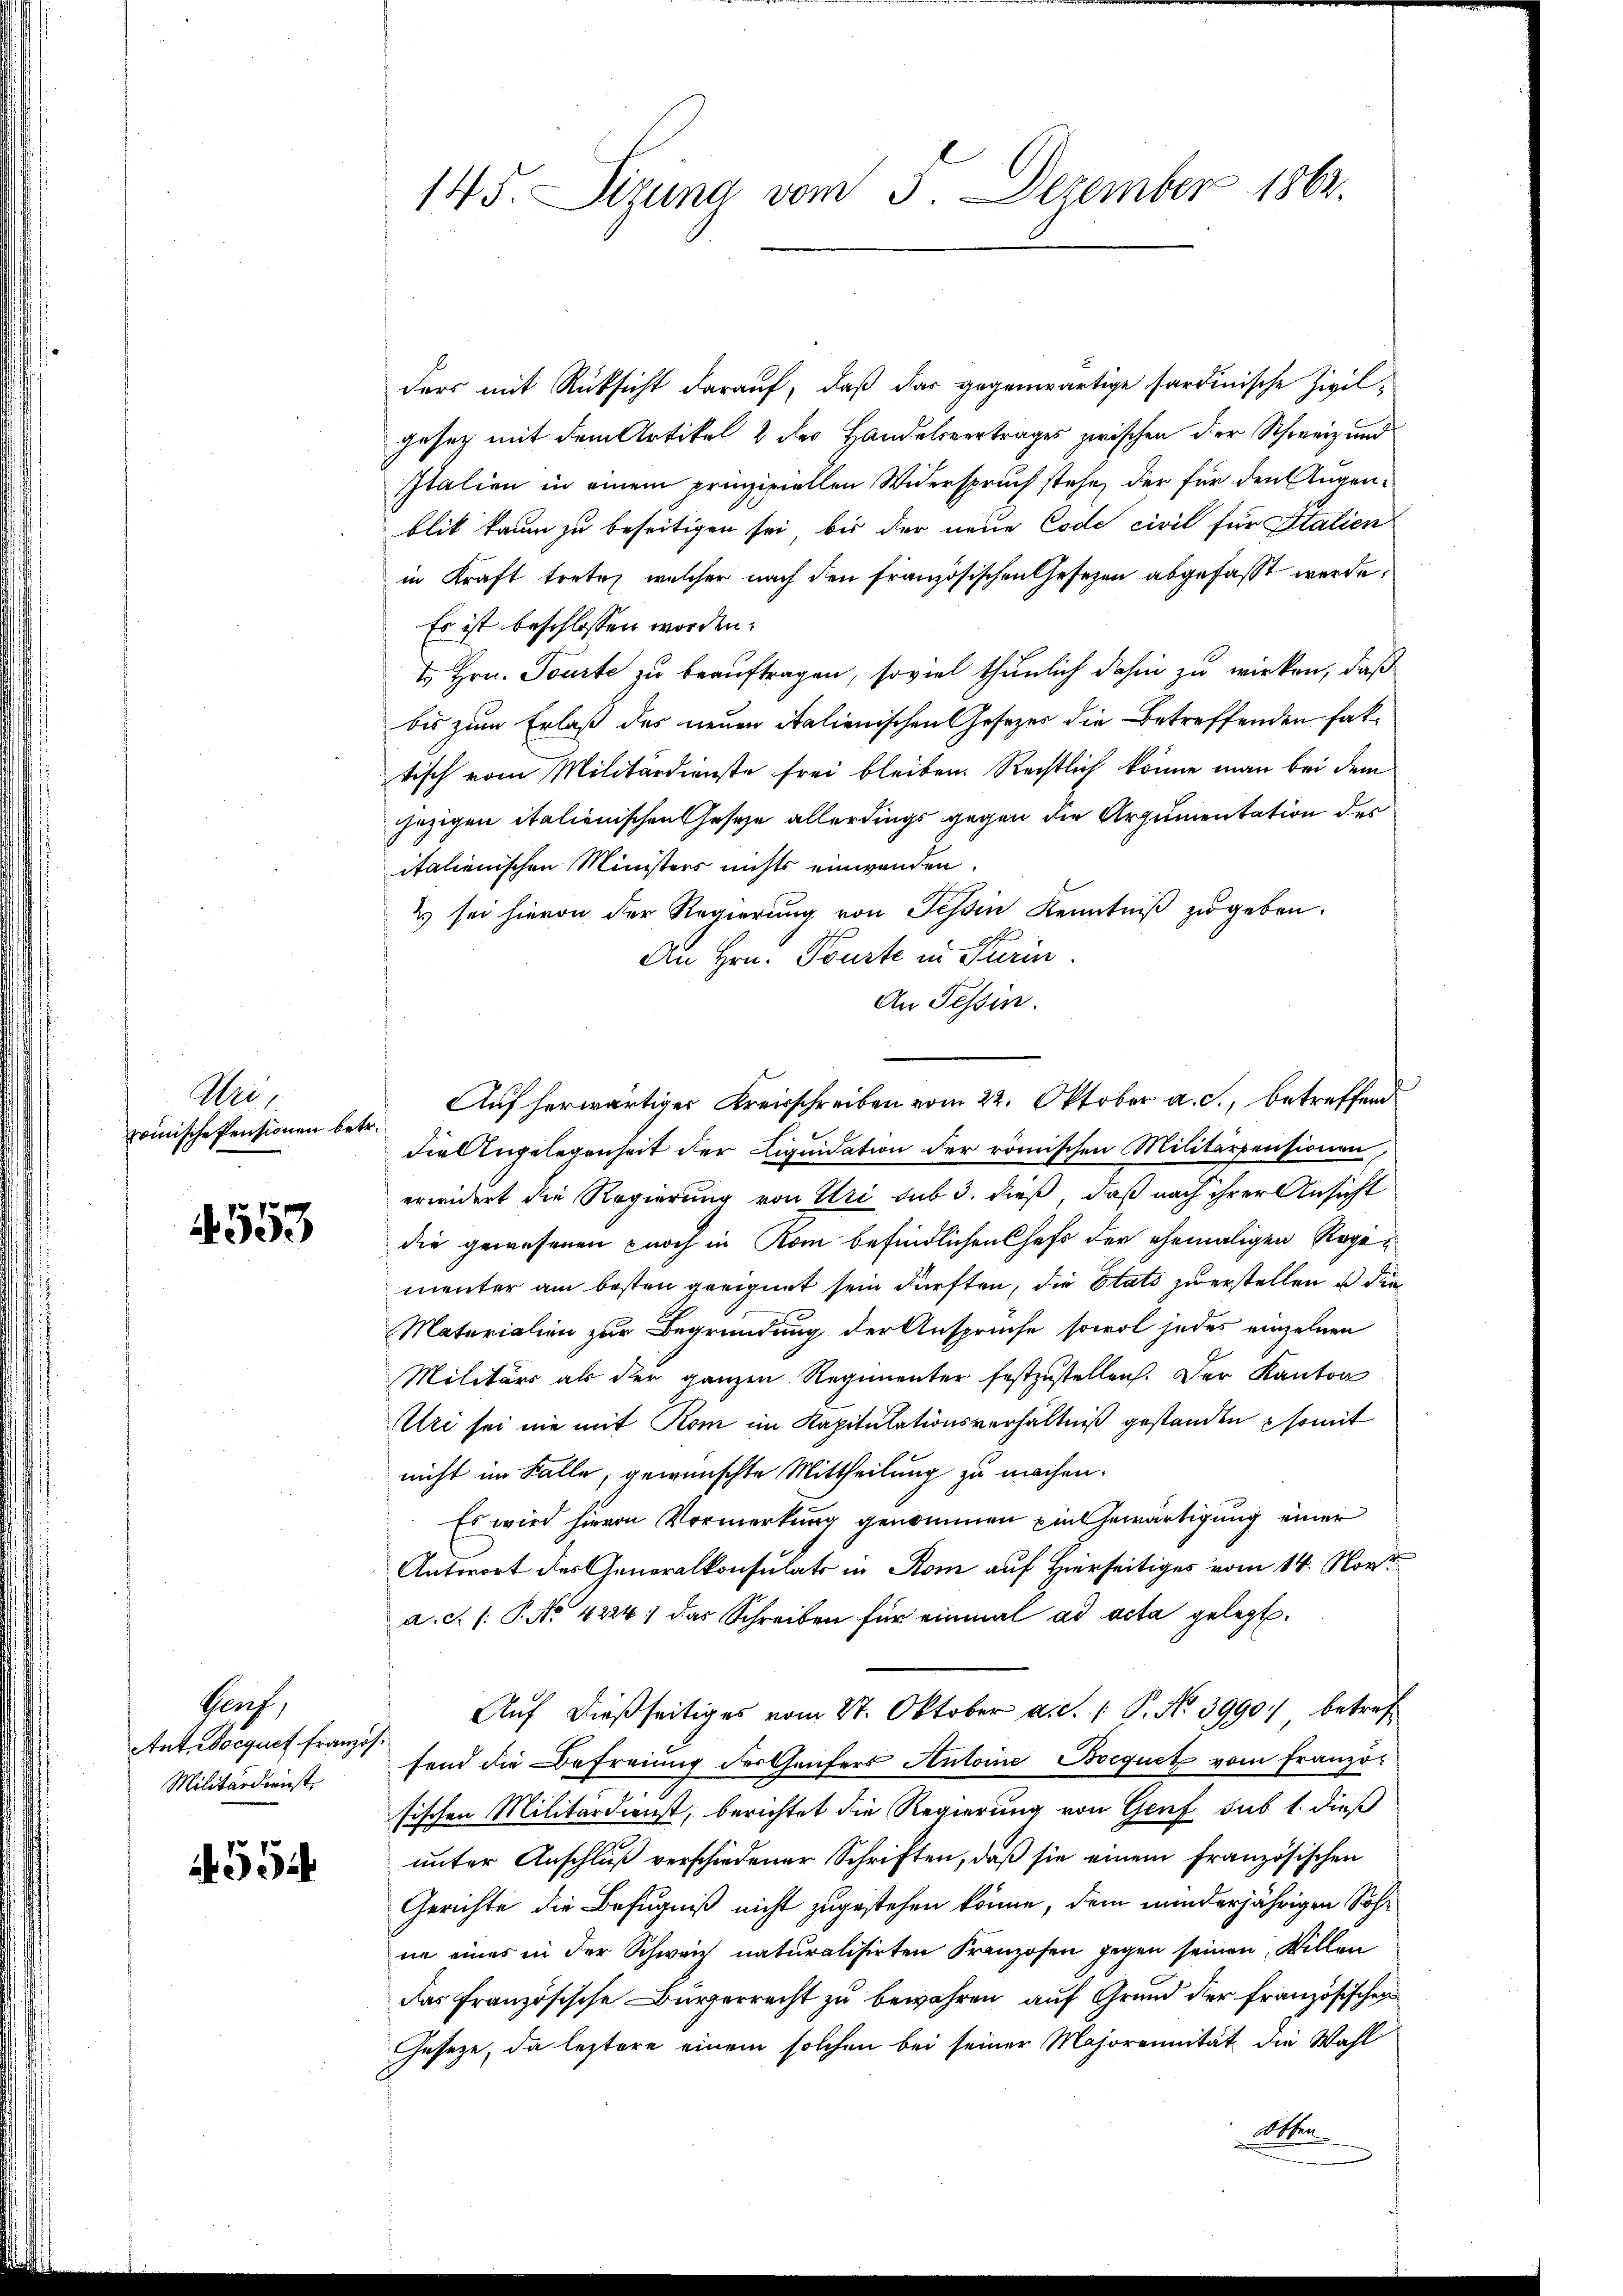
Wie
zrinische Pensionen betr.

553

Prof
Ant. Docques französ
Militärdienst.

4594

145. Sirung vom 3. Dezember 1862.

ders mit Rücksicht darauf, daß das gegenwärtige sardinische Zivilgesetz mit dem Artikel 2 des Handelsvertrages zwischen der Schweiz und
Italien in einem prinzipiellen Widerspruch stehe, der für den Augenblik kaum zu beseitigen sei, bis der neue Code civil für Italien
in Kraft treten, welcher nach den französischen Gesezen abgefaßt werde,
Es ist beschlossen worden.
4. Hrn. Tourte zu beauftragen, soviel thunlich dahin zu wirken, daß
bis zum Erlaß des neuen italienischen Gesezes die Betreffenden faktisch vom Militärdienste frei bleiben. Rechtlich könne man bei dem
jezigen italienischen Geseze allerdings gegen die Argumentation des
italienischen Ministers nichts einwenden.
2 sei hievon der Regierung von Schin Kenntniß zugeben.
An Hrn. Tourte in Prin
An Tessin.
Auf herwärtiger Kreisschreiben vom 22. Oktober a. c., betreffend
.
die Angelegenheit der Liquidation der römischen Militärpensionen,
erwidert die Regierung von Uri sub 3. dieß, daß nach ihrer Ansicht
die gewesenen noch in Kom befindlichen Chefs der ehemaligen Regementer am besten geeignet sein dürften, die Stats zuerstellen u die
Materialien zur Begründung der Ansprüche sowol jedes einzelnen
Militärs als der ganzen Regimenter festzustellen. Der Kanton
Uri sei nie mit Rom im Kapitulationsverhältniß gestanden somit
nicht im Falle, gewünschte Mittheilung zu machen.
Es wird hievon Vormerkung genommen ein Gewärtigung einer
Antwort des Generalkonsulats in Rom auf Hierseitiges vom 14. Nov.
a.c. (: P. No 4224) das Schreiben für einmal ad acta gelegt.
Auf dießseitiges vom 8. Oktober a.c. / P. No 3990 betref
fend die Befreiung der Genfers Antoine Bocquet vom Französischen Militärdienst, berichtet die Regierung von Genf sub 1. dieß
unter Anschluß verschiedener Schriften, daß sie einem französischen
Gerichte die Befugniß nicht zugestehen könne, dem minderjährigen Sohne eines in der Schweiz naturalisirten Franzosen gegen seinen Willen
das französische Bürgerrecht zu bewahren auf Grund der französischen
Geseze, da leztere einem solchen bei seiner Majorennität die Wahl
Sitten